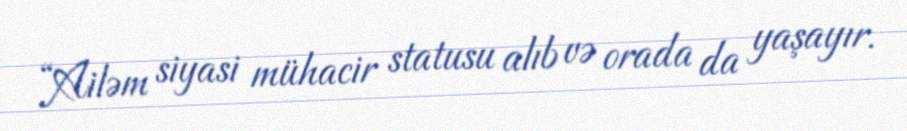
“Ailəm siyasi mühacir statusu alıb və orada da yaşayır.